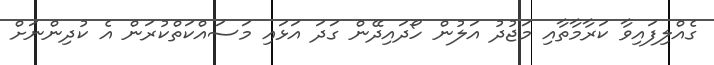
ގެއްލިފައިވާ ކަރާމާތާއި މަޖުދު އަލުން ހޯދައިދޭން ގަދަ އަޅައި މަސައްކަތްކުރަން އެ ކުދިންނަށް